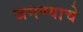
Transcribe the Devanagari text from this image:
जमण्याचे